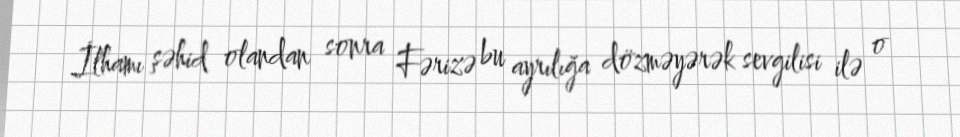
İlhamı şəhid olandan sonra Fərizə bu ayrılığa dözməyərək sevgilisi ilə o